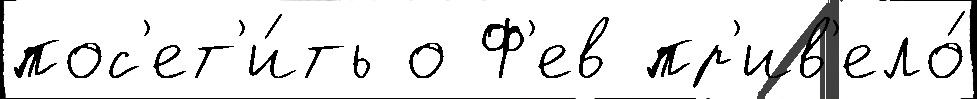
пос'ет'и́ть о Ф'ев пр'ив'ело́